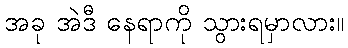
အခု အဲဒီ နေရာကို သွားရမှာလား။